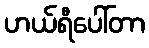
ဟယ်ရီပေါ်တာ